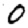
Digit: 0